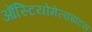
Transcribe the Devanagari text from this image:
ऑस्टियोमेलाइटिस